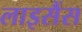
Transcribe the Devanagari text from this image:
लाइसैंस